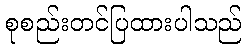
စုစည်းတင်ပြထားပါသည်